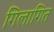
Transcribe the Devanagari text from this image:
गिलागित